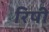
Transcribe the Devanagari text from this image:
रिषी